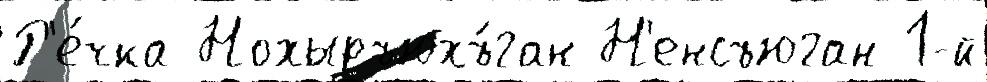
Р'е́чка Нохыръюхъ́ган Н'енсъюган 1-й